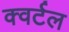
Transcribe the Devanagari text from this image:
क्वर्टल